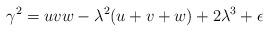
LaTeX: \begin{align*}\gamma^2 = u v w-\lambda^2(u +v +w)+2\lambda^3+\epsilon\end{align*}